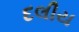
દલીય